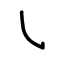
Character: ㇂